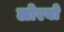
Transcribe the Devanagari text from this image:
लोरबो